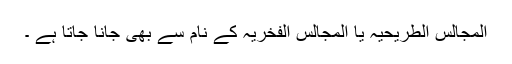
المجالس الطریحیہ یا المجالس الفخریہ کے نام سے بھی جانا جاتا ہے ۔